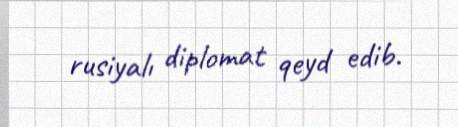
rusiyalı diplomat qeyd edib.